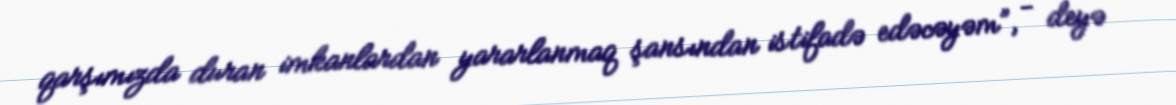
qarşımızda duran imkanlardan yararlanmaq şansından istifadə edəcəyəm”, - deyə